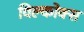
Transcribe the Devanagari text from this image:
विल्कोक्स